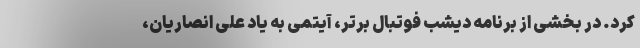
کرد. در بخشی از برنامه دیشب فوتبال برتر، آیتمی به یاد علی انصاریان،